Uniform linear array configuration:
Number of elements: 64
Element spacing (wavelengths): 1
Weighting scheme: binomial
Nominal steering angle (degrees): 0
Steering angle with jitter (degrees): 0.4775
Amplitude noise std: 0.05
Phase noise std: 0.05

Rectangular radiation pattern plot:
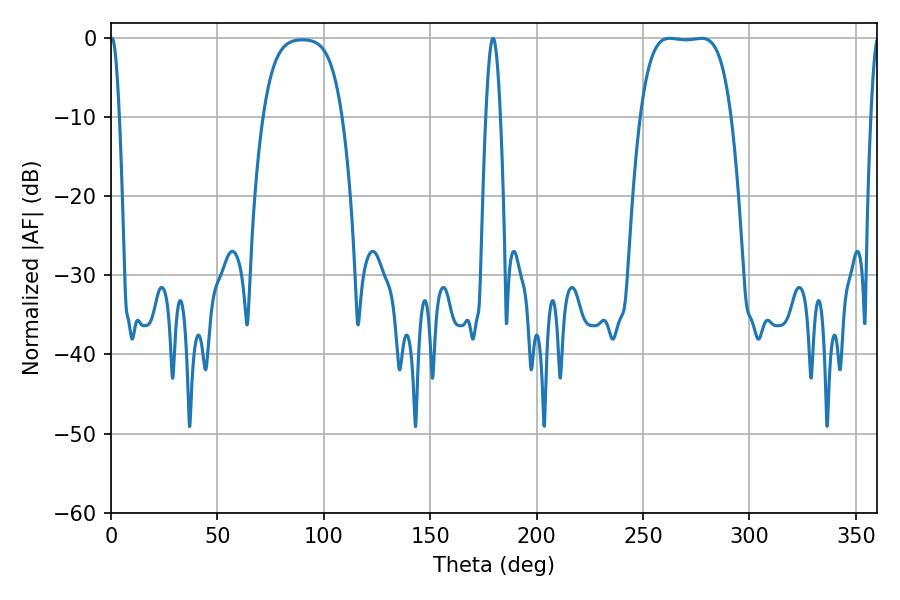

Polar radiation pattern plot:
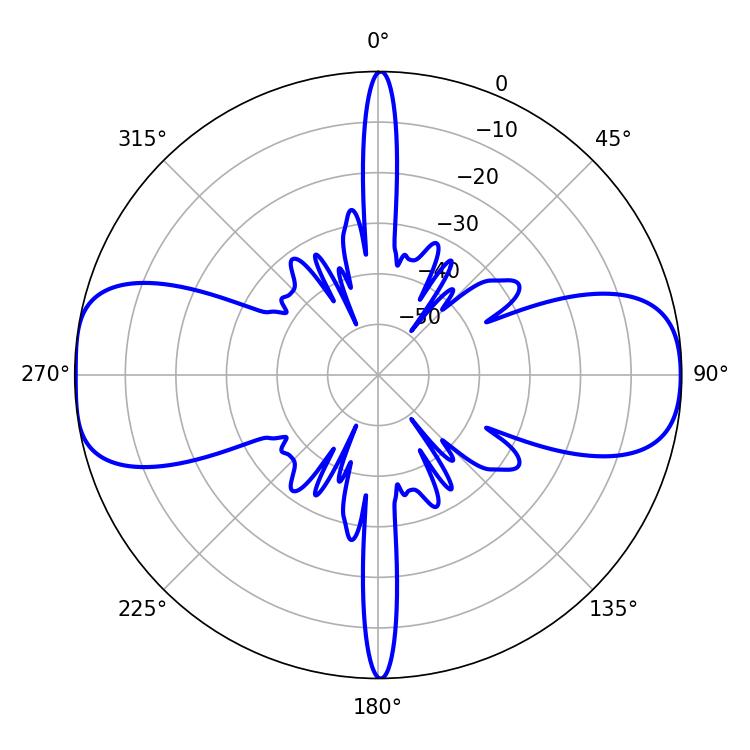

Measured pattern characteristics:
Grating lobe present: TRUE
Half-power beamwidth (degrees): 33.12
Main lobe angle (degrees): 262.62